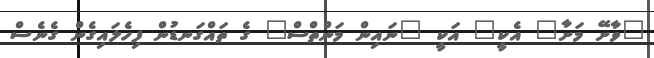
"ވާށޭ މަށާ" އެކީ" އަކީ "ނައިން މަންތްސް" ގެ ތައްގަނޑުން ފިހެލައިގެން ގެނެސް